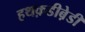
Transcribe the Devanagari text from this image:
हथक़डीब़ेडी